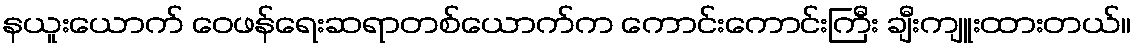
နယူးယောက် ဝေဖန်ရေးဆရာတစ်ယောက်က ကောင်းကောင်းကြီး ချီးကျူးထားတယ်။